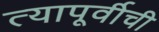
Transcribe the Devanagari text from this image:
त्यापूर्वीची